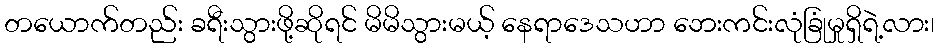
တယောက်တည်း ခရီးသွားဖို့ဆိုရင် မိမိသွားမယ့် နေရာဒေသဟာ ဘေးကင်းလုံခြုံမှုရှိရဲ့လား၊